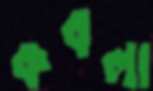
কবলা